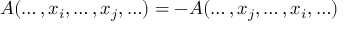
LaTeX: A ( \ldots , x _ { i } , \ldots , x _ { j } , \ldots ) = - A ( \ldots , x _ { j } , \ldots , x _ { i } , \ldots )